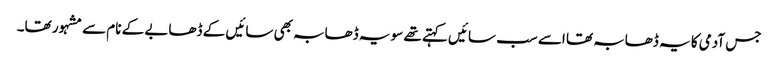
جس آدمی کا یہ ڈھابہ تھا اسے سب سائیں کہتے تھے سو یہ ڈھابہ بھی سائیں کے ڈھابے کے نام سے مشہور تھا۔